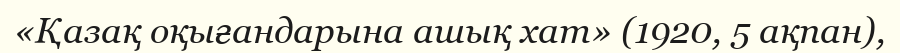
«Қазақ оқығандарына ашық хат» (1920, 5 ақпан),